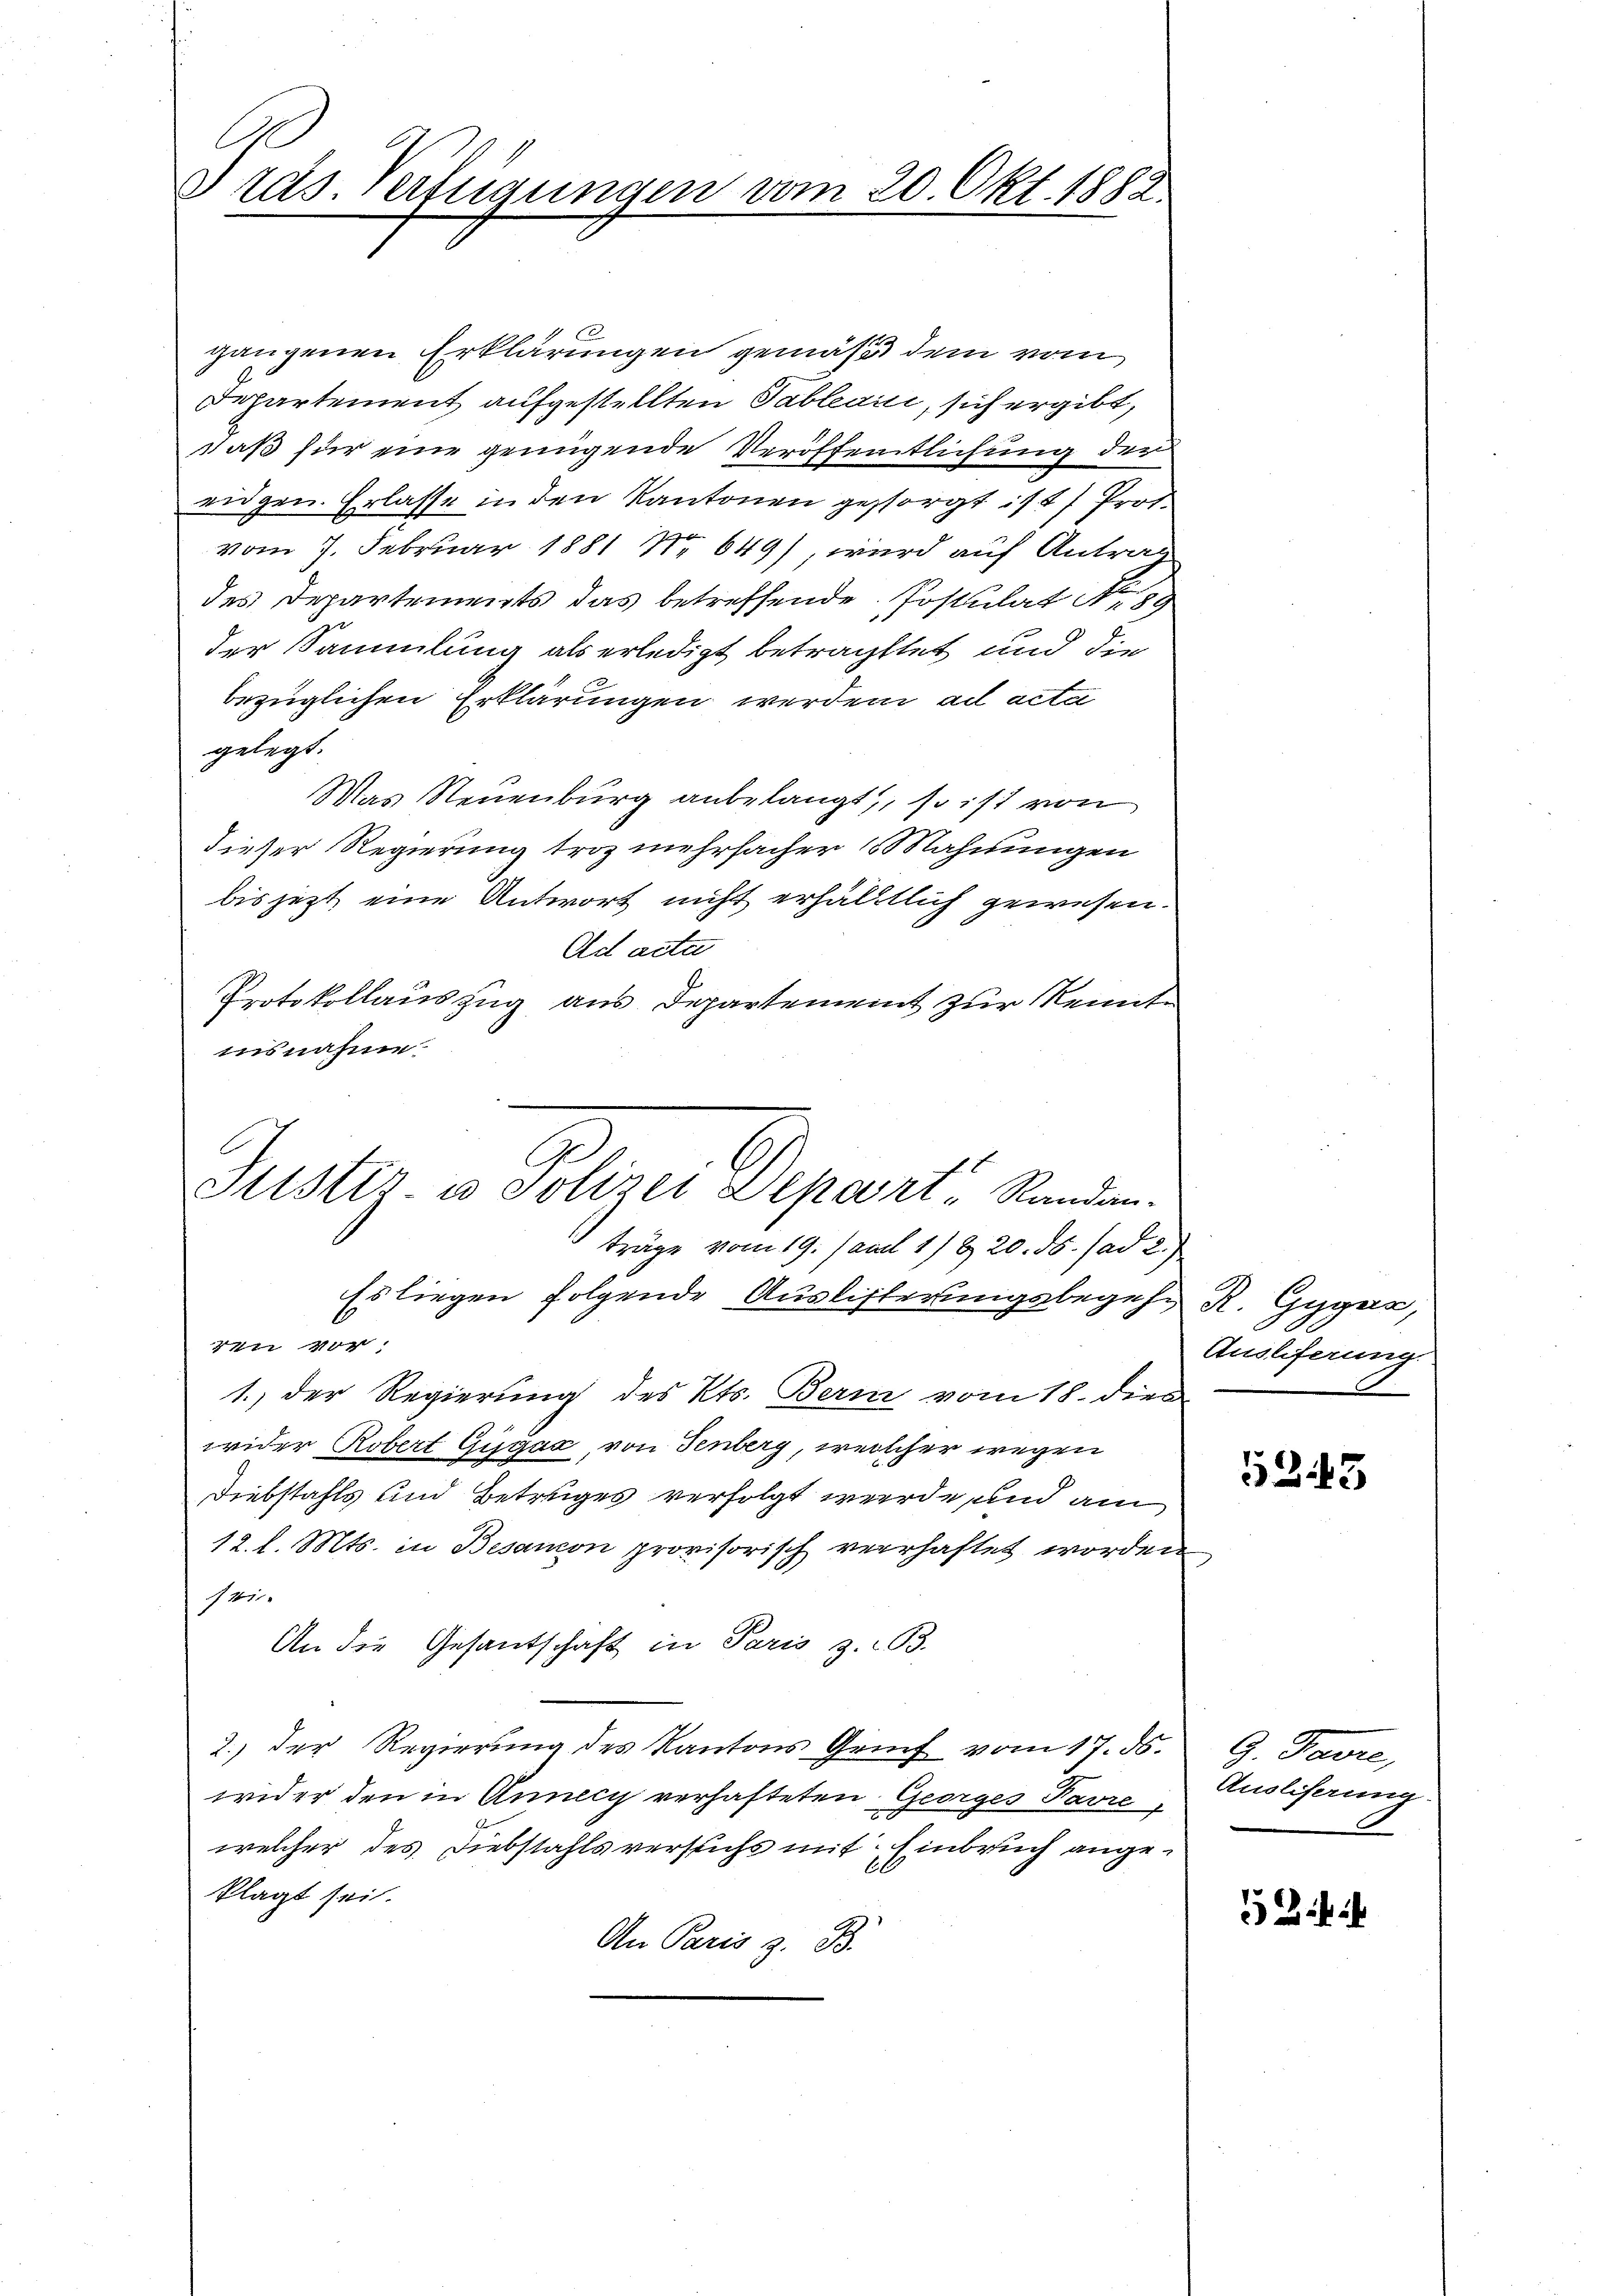
Präs. Verfügungen vom 20. Okt. 1882.

gangenen Erklärungen gemäß dem vom
Departement aufgestellten Tablearii, sich ergibt,
daß für eine genügende Veröffentlichung der
eidgen. Erlasse in den Kantonen gesorgt ist Prof.
vom 7. Februar 1881 No 649), wird auf Antrag
des Departements das betreffende Postulat Nr. 80
der Sammlung als erledigt betragttet und die
bezüglichen Erklärungen werden ad acta
gelegt.
Mas Neuenburg anbelangt, so ist von
dieser Regierung troz mehrfacher Mahnungen
bis jetzt eine Antwort nicht erhältlich gewesen.
Ad acta
Protokollauszug aus Departement zur Kennte
insnahme.
Justiz- u Polizei Depart, Randan-
träge vom 19. Jani 17820. ds. ad 2.)
Es liegen folgende Auslisterungsbegehr R. Gyger,
 Vor
1.) Der Regierung des Kts. Bern vom 18. dien
wider Robert Gügaa, von Senberg, welcher wegen
.
Diebstahls und Betruges verfolgt werde, und am
12. l. Mts. in Besanon provisorisch verhaftet worden
14
An die Gesantschaft in Paris z. B.
2.) Der Regierŭng des Kantons Genf vom 17. ds. G. Favre,
wider den in Annecy verhafteten Georges Pavre,
welcher des Diebstahls versuchs mit Einbruch angeklagt sei.
An Paris z. B.

Auslieferung.

52443

Ansliserung.

52